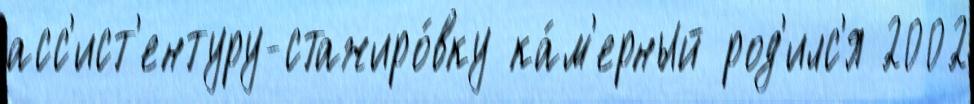
асс'ист'ентуру-стажиро́вку ка́м'ерный род'илс'я 2002